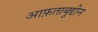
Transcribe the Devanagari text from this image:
आफ़ताबुद्दीन